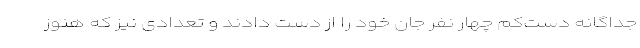
جداگانه دست‌کم چهار نفر جان خود را از دست دادند و تعدادی نیز که هنوز